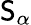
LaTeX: \mathsf{S}_{\alpha}